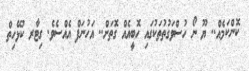
ކޮންކަމެއް.. ޔޫ ނޯ ހުސްވަގުތުތަކުގައި ހޮބީއެއް ގޮތަށް.. އަހުނަފް އެއްސެވެ. ގިޓާރ ކުޅޭހިތް